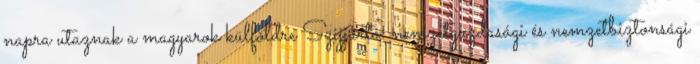
napra utaznak a magyarok külföldre Szijjártó: nemzetgazdasági és nemzetbiztonsági